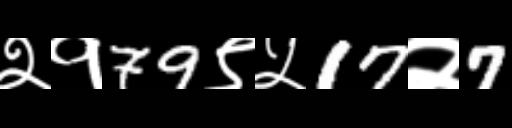
Text: २१79९५17२7